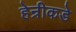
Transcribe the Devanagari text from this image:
हेन्रीकडे